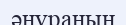
әнұранын